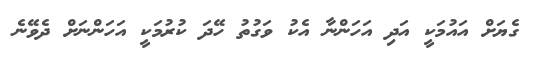
ގެޔަށް އައުމަކީ އަދި އަހަންނާ އެކު ވަގުތު ހޭދަ ކުރުމަކީ އަހަންނަށް ދެވޭނެ